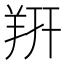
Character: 𬙲